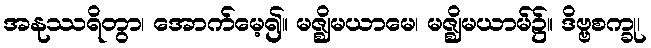
အနုဿရိတွာ၊ အောက်မေ့၍။ မဇ္ဈိမယာမေ၊ မဇ္ဈိမယာမ်၌။ ဒိဗ္ဗစက္ခု၊